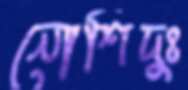
নোশিদুঃ